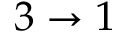
3 \to 1